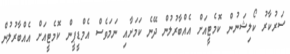
ސަރުކާރު ކޯލިޝަނުން ކޮމެޓީއަށް އެއްބާރުލުން ދޭނެ ކަމަށާއި ނަމަވެސް އެމްޑީޕީން ކޮމެޓީއަށް އެއްބާރުލުން